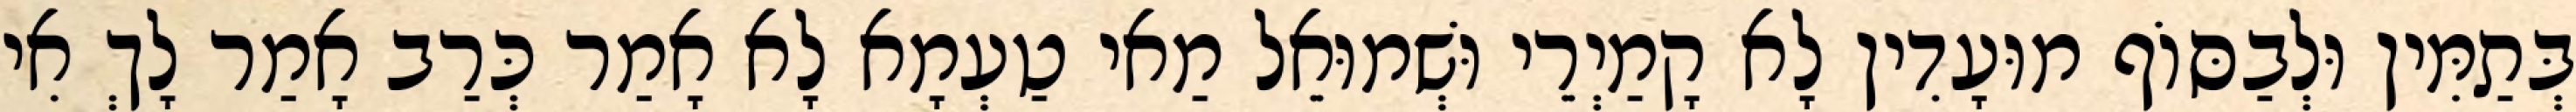
בְּתַמִּין וּלְבַסּוֹף מוּעָדִין לָא קָמַיְרֵי וּשְׁמוּאֵל מַאי טַעְמָא לָא אָמַר כְּרַב אָמַר לָךְ אִי